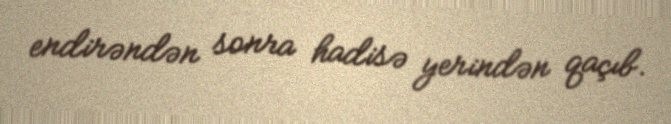
endirəndən sonra hadisə yerindən qaçıb.